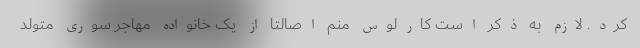
کرد. لازم به ذکر است کارلوس منم اصالتاً از یک خانواده مهاجر سوری متولد